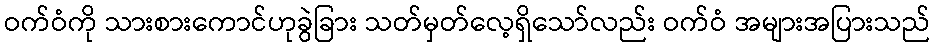
ဝက်ဝံကို သားစားကောင်ဟုခွဲခြား သတ်မှတ်လေ့ရှိသော်လည်း ဝက်ဝံ အများအပြားသည်